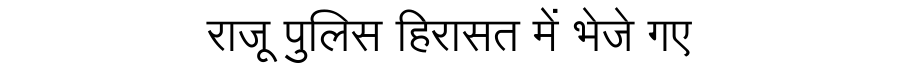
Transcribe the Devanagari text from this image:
राजू पुलिस हिरासत में भेजे गए